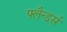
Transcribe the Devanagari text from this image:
फ्लैन्डर्स